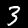
Digit: 3